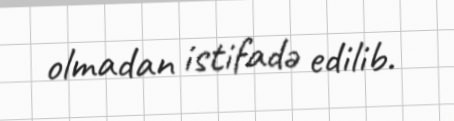
olmadan istifadə edilib.